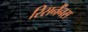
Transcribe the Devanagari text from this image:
रिसनैंनस